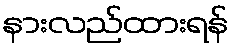
နားလည်ထားရန်